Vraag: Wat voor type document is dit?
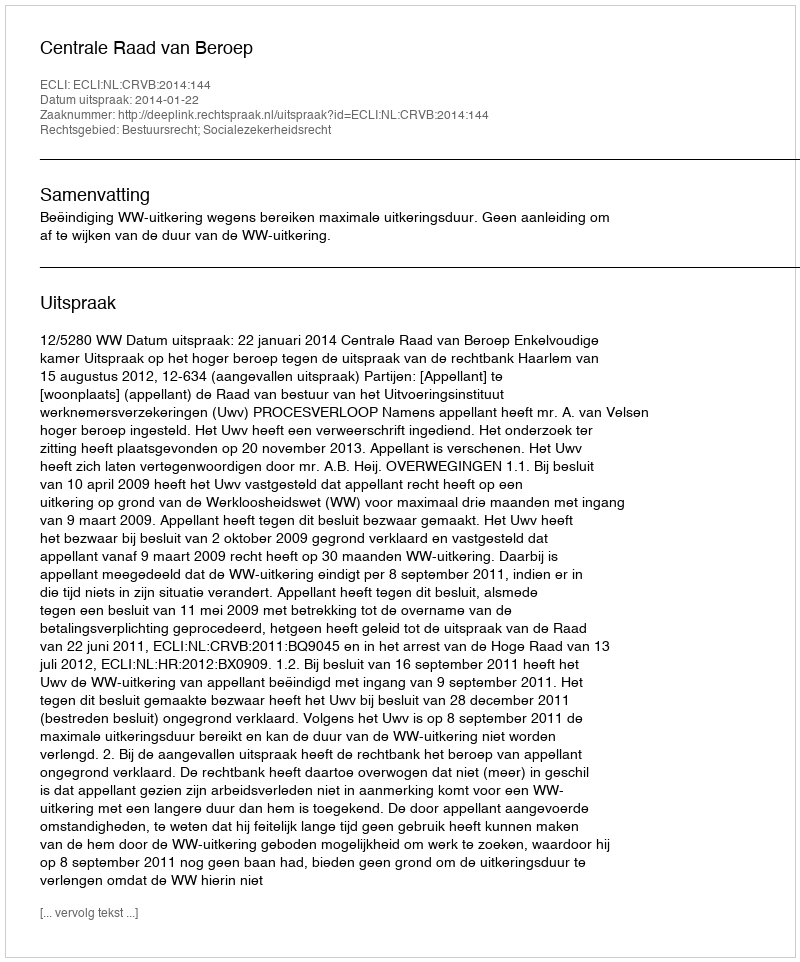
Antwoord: Uitspraak